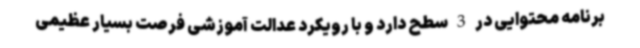
برنامه محتوایی در 3 سطح دارد و با رویکرد عدالت آموزشی فرصت بسیار عظیمی